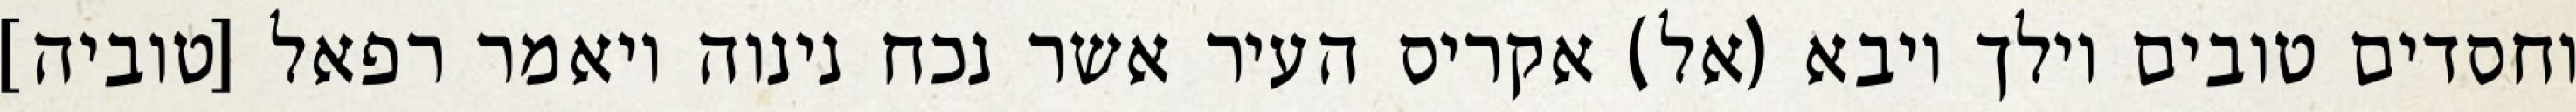
וחסדים טובים וילך ויבא (אל) אקריס העיר אשר נכח נינוה ויאמר רפאל [טוביה]